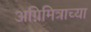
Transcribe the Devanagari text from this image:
अग्निमित्राच्या